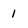
Character: 1